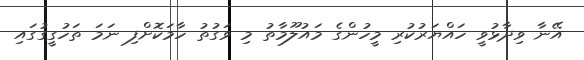
އޭނާ ވިދާޅުވީ ހައްޔަރުކުރި މީހުންގެ މައުލޫމާތު މި ވަގުތު ހާމަކޮށްފި ނަމަ ތަހުގީގުގައި